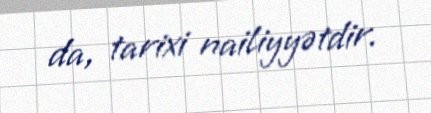
da, tarixi nailiyyətdir.